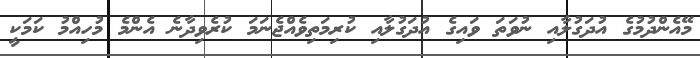
މޭއެންދުމުގެ އުދަގުލާއި ނުވަތަ ވައިގެ އުދަގުލާއި ކުރިމަތިވެއްޖެނަމަ ކުރެވިދާނެ އެންމެ މުހިއްމު ކަމަކީ